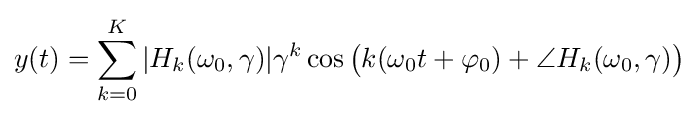
y(t)=\sum \limits _{k=0}^{K}|H_{k}(\omega _{0},\gamma )|\gamma ^{k}\cos {\big (}k(\omega _{0}t+\varphi _{0})+\angle H_{k}(\omega _{0},\gamma ){\big )}